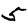
Digit: 5